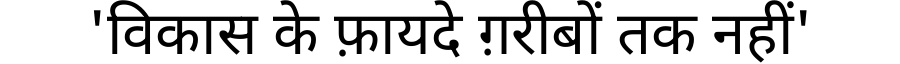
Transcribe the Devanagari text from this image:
'विकास के फ़ायदे ग़रीबों तक नहीं'